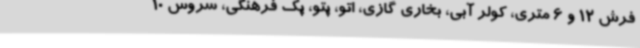
فرش 12 و 6 متری، کولر آبی، بخاری گازی، اتو، پتو، پک فرهنگی، سروس 10